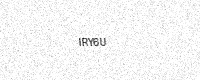
Text: IRY6U